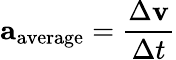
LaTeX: \mathbf{a}_{\mathrm{average}}={\frac{\Delta\mathbf{v}}{\Delta t}}